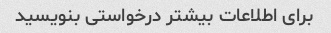
برای اطلاعات بیشتر درخواستی بنویسید